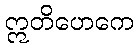
ဣတိဟေကေ